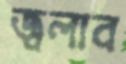
জ্বলাব